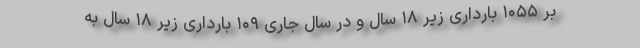
بر ۱۰۵۵ بارداری زیر ۱۸ سال و در سال جاری ۱۰۹ بارداری زیر ۱۸ سال به